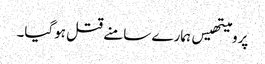
پرومیتھیس ہمارے سامنے قتل ہوگیا۔